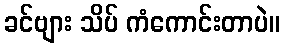
ခင်ဗျား သိပ် ကံကောင်းတာပဲ။